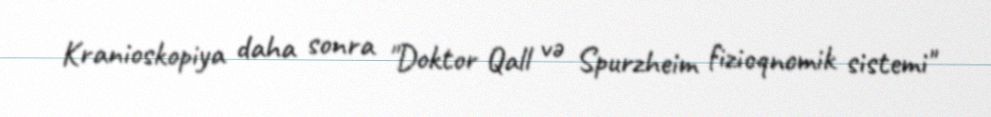
Kranioskopiya daha sonra "Doktor Qall və Spurzheim fizioqnomik sistemi"